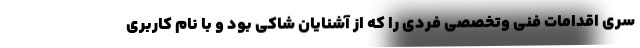
سری اقدامات فنی وتخصصی فردی را که از آشنایان شاکی بود و با نام کاربری